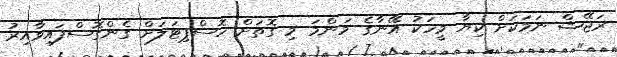
ރަޖޭޝް ނަމަކަށް ކިޔާ މީހަކު އޭނާގެ މަންމަ މި ގޮތަށް ހޮސްޕިޓަލަށް ގެންގޮސްފައިވާއިރު